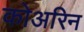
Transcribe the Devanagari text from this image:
कोअरिन